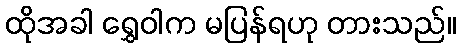
ထိုအခါ ရွှေဝါက မပြန်ရဟု တားသည်။